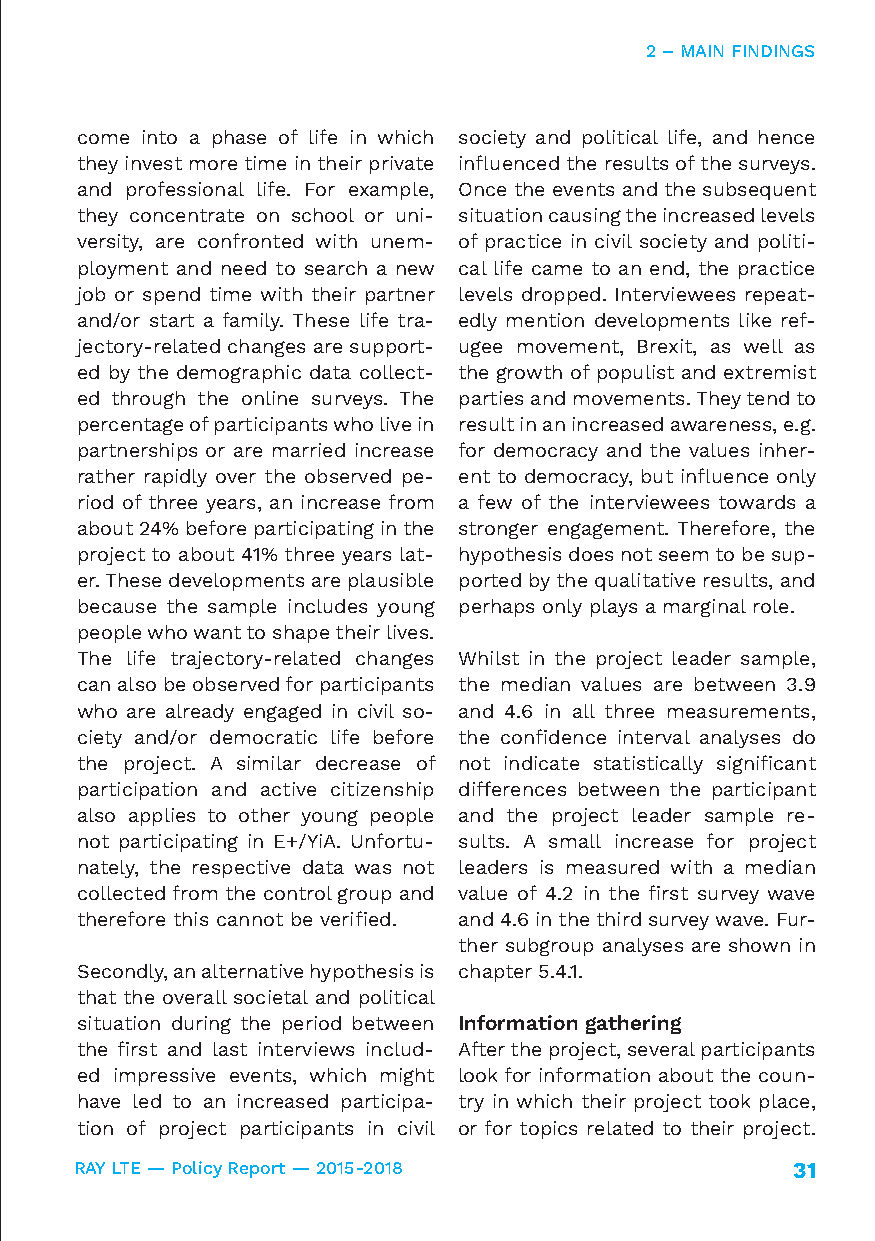
2 – MAIN FINDINGS
 come into a phase of life in which society and political life, and hence
 they invest more time in their private influenced the results of the surveys.
 and professional life. For example, Once the events and the subsequent
 they concentrate on school or uni- situation causing the increased levels
 versity, are confronted with unem- of practice in civil society and politi-
 ployment and need to search a new cal life came to an end, the practice
 job or spend time with their partner levels dropped. Interviewees repeat-
 and/or start a family. These life tra- edly mention developments like ref-
 jectory-related changes are support- ugee movement, Brexit, as well as
 ed by the demographic data collect- the growth of populist and extremist
 ed through the online surveys. The parties and movements. They tend to
 percentage of participants who live in result in an increased awareness, e.g.
 partnerships or are married increase for democracy and the values inher-
 rather rapidly over the observed pe- ent to democracy, but influence only
 riod of three years, an increase from a few of the interviewees towards a
 about 24% before participating in the stronger engagement. Therefore, the
 project to about 41% three years lat- hypothesis does not seem to be sup-
 er. These developments are plausible ported by the qualitative results, and
 because the sample includes young perhaps only plays a marginal role.
 people who want to shape their lives.
 The life trajectory-related changes Whilst in the project leader sample,
 can also be observed for participants the median values are between 3.9
 who are already engaged in civil so- and 4.6 in all three measurements,
 ciety and/or democratic life before the confidence interval analyses do
 the project. A similar decrease of not indicate statistically significant
 participation and active citizenship differences between the participant
 also applies to other young people and the project leader sample re-
 not participating in E+/YiA. Unfortu- sults. A small increase for project
 nately, the respective data was not leaders is measured with a median
 collected from the control group and value of 4.2 in the first survey wave
 therefore this cannot be verified. and 4.6 in the third survey wave. Fur-
 ther subgroup analyses are shown in
 Secondly, an alternative hypothesis is chapter 5.4.1.
 that the overall societal and political
 situation during the period between Information gathering
 the first and last interviews includ- After the project, several participants
 ed impressive events, which might look for information about the coun-
 have led to an increased participa- try in which their project took place,
 tion of project participants in civil or for topics related to their project.
 RAY LTE — Policy Report — 2015-2018            31